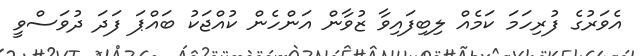
އެވަރުގެ ފުރިހަމަ ކަމެއް ލިބިފައިވާ ޒުވާން އަންހެން ކުއްޖަކު ބައްޕަ ފަދަ ދުވަސްވީ